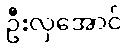
ဦးလှအောင်